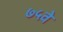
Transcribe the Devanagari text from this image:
७५वे